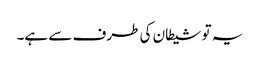
یہ تو شیطان کی طرف سے ہے۔